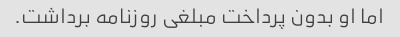
اما او بدون پرداخت مبلغی روزنامه برداشت.